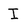
Character: I